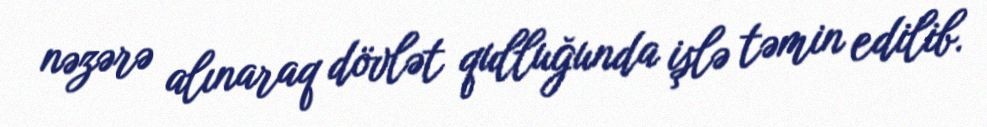
nəzərə alınaraq dövlət qulluğunda işlə təmin edilib.